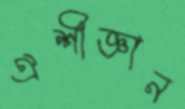
ঐশীজ্ঞান